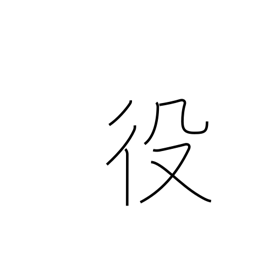
Meaning: service